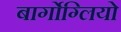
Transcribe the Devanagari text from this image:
बार्गोग्लियो